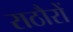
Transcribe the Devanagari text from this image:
राठौरों